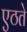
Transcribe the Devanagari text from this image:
एठते